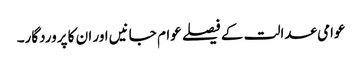
عوامی عدالت کے فیصلے عوام جانیں اور ان کا پروردگار۔